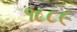
૧૮૮૯